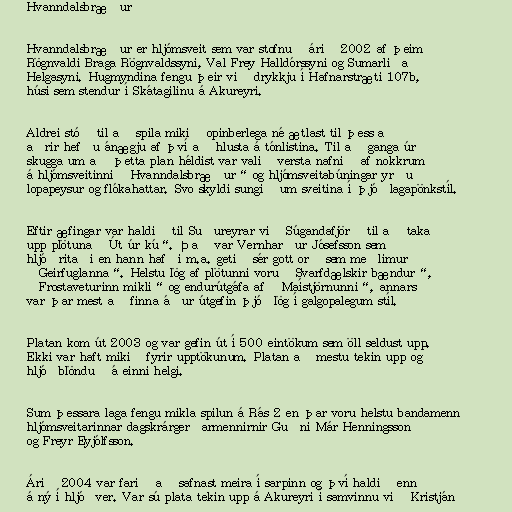
Hvanndalsbræður

Hvanndalsbræður er hljómsveit sem var stofnuð árið 2002 af þeim
Rögnvaldi Braga Rögnvaldssyni, Val Frey Halldórssyni og Sumarliða
Helgasyni. Hugmyndina fengu þeir við drykkju í Hafnarstræti 107b,
húsi sem stendur í Skátagilinu á Akureyri.

Aldrei stóð til að spila mikið opinberlega né ætlast til þess að
aðrir hefðu ánægju af því að hlusta á tónlistina. Til að ganga úr
skugga um að þetta plan héldist var valið versta nafnið af nokkrum
á hljómsveitinni „Hvanndalsbræður“ og hljómsveitabúningar yrðu
lopapeysur og flókahattar. Svo skyldi sungið um sveitina í þjóðlagapönkstíl.

Eftir æfingar var haldið til Suðureyrar við Súgandafjörð til að taka
upp plötuna „Út úr kú“. Það var Vernharður Jósefsson sem
hljóðritaði en hann hafði m.a. getið sér gott orð sem meðlimur
„Geirfuglanna“. Helstu lög af plötunni voru „Svarfdælskir bændur“,
„Frostaveturinn mikli“ og endurútgáfa af „Maístjörnunni“, annars
var þar mest að finna áður útgefin þjóðlög í galgopalegum stíl.

Platan kom út 2003 og var gefin út í 500 eintökum sem öll seldust upp.
Ekki var haft mikið fyrir upptökunum. Platan að mestu tekin upp og
hljóðblönduð á einni helgi.

Sum þessara laga fengu mikla spilun á Rás 2 en þar voru helstu bandamenn
hljómsveitarinnar dagskrárgerðarmennirnir Guðni Már Henningsson
og Freyr Eyjólfsson.

Árið 2004 var farið að safnast meira í sarpinn og því haldið enn
á ný í hljóðver. Var sú plata tekin upp á Akureyri í samvinnu við Kristján